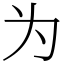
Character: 为